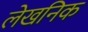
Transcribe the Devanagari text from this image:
लेखनिक